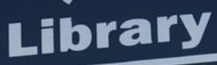
Library